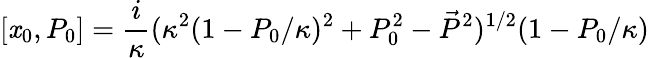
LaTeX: [\mathit{x}_{0},P_{0}]=\frac{{i}}{{\kappa}}(\kappa^{2}(1-P_{0}/\kappa)^{2}+P_{0}^{2}-\vec{{P}}^{2})^{1/2}(1-P_{0}/\kappa)